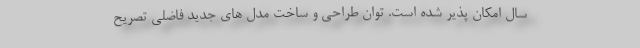
سال امکان پذیر شده است. توان طراحی و ساخت مدل های جدید فاضلی تصریح